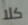
كلا